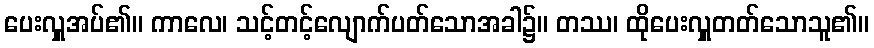
ပေးလှူအပ်၏။ ကာလေ၊ သင့်တင့်လျောက်ပတ်သောအခါ၌။ တဿ၊ ထိုပေးလှူတတ်သောသူ၏။